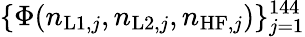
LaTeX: \{ \Phi(n_{\mathrm{L1},j},n_{\mathrm{L2},j},n_{\mathrm{HF},j})\} _{j=1}^{144}